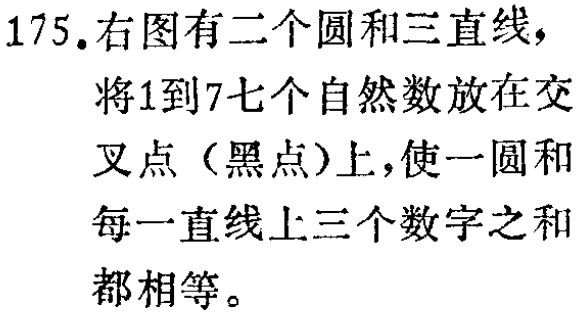
175. 右图有二个圆和三直线，将1到7七个自然数放在交叉点（黑点）上，使一圆和每一直线上三个数字之和都相等。